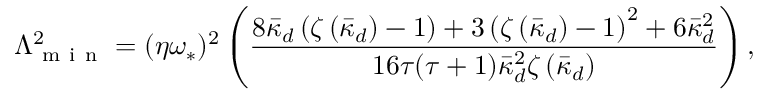
\Lambda _ { \mathrm { ~ m ~ i ~ n ~ } } ^ { 2 } = ( \eta \omega _ { \ast } ) ^ { 2 } \left( \frac { 8 \bar { \kappa } _ { d } \left( \zeta \left( \bar { \kappa } _ { d } \right) - 1 \right) + 3 \left( \zeta \left( \bar { \kappa } _ { d } \right) - 1 \right) ^ { 2 } + 6 \bar { \kappa } _ { d } ^ { 2 } } { 1 6 \tau ( \tau + 1 ) \bar { \kappa } _ { d } ^ { 2 } \zeta \left( \bar { \kappa } _ { d } \right) } \right) ,